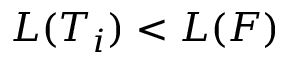
L ( T _ { i } ) < L ( F )